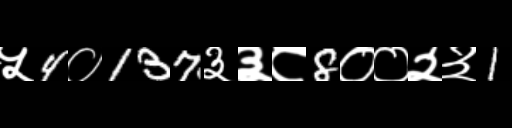
Text: ५4०137३३८8००२३1